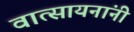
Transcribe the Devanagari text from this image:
वात्सायनांनी